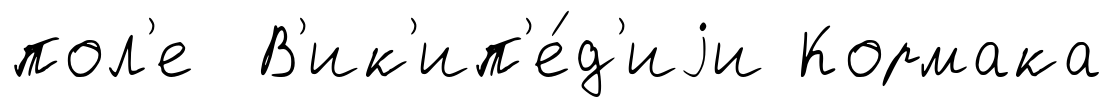
пол'е В'ик'ип'е́д'иjи Кормака